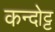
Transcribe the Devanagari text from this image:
कन्दोट्ट